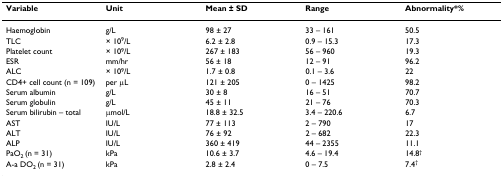
| Variable | Unit | Mean ± SD | Range | Abnormality*% |
 | --- | --- | --- | --- | --- |
 | Haemoglobin | g/L | 98 ± 27 | 33 – 161 | 50.5 |
 | TLC | × 109/L | 6.2 ± 2.8 | 0.9 – 15.3 | 17.3 |
 | Platelet count | × 109/L | 267 ± 183 | 56 – 960 | 19.3 |
 | ESR | mm/hr | 56 ± 18 | 12 – 91 | 96.2 |
 | ALC | × 109/L | 1.7 ± 0.8 | 0.1 – 3.6 | 22 |
 | CD4+ cell count (n = 109) | per μL | 121 ± 205 | 0 – 1425 | 98.2 |
 | Serum albumin | g/L | 30 ± 8 | 16 – 51 | 70.7 |
 | Serum globulin | g/L | 45 ± 11 | 21 – 76 | 70.3 |
 | Serum bilirubin – total | μmol/L | 18.8 ± 32.5 | 3.4 – 220.6 | 6.7 |
 | AST | IU/L | 77 ± 113 | 2 – 790 | 17 |
 | ALT | IU/L | 76 ± 92 | 2 – 682 | 22.3 |
 | ALP | IU/L | 360 ± 419 | 44 – 2355 | 11.1 |
 | PaO2 (n = 31) | kPa | 10.6 ± 3.7 | 4.6 – 19.4 | 14.8† |
 | A-a DO2 (n = 31) | kPa | 2.8 ± 2.4 | 0 – 7.5 | 7.4† |